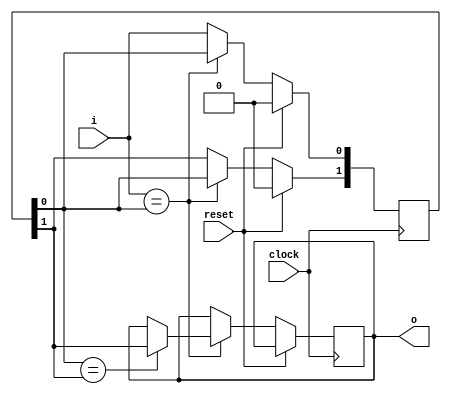
/*
 * debounce.v
 *
 * Copyright: (C) 2013 LeafLabs, LLC
 * License: MIT License (See LICENSE file)
 *
 * Calling this a "debouncer" is maybe a bit of an overstatement. It's a 2-bit
 * depth shift register for de-glitching 3.3v digital signaling, introduced
 * after SPI data integrity problems at low speeds (~250KHz SCLK) interfacing
 * to the LeafLabs Maple Mini with both the SP605 and WiredLeaf hardware.
 *
 * Introduces several clock cycles of delay betwen 'i' and 'o'. YMMV.
 */

module debounce (
    input clock,
    input reset,
    input i,        // raw input line
    output reg o    // de-glitched output line
    );

    reg [1:0] ibuf = 2'b0;

    always @(posedge clock) begin
        if (reset) begin
            ibuf <= 2'b00;
        end else begin
            if (i == ibuf[0]) begin
                ibuf[1] <= ibuf[0];
                if (ibuf[0] == ibuf[1]) o <= ibuf[1];
            end else begin
                ibuf[0] <= i;
            end
        end
    end

endmodule